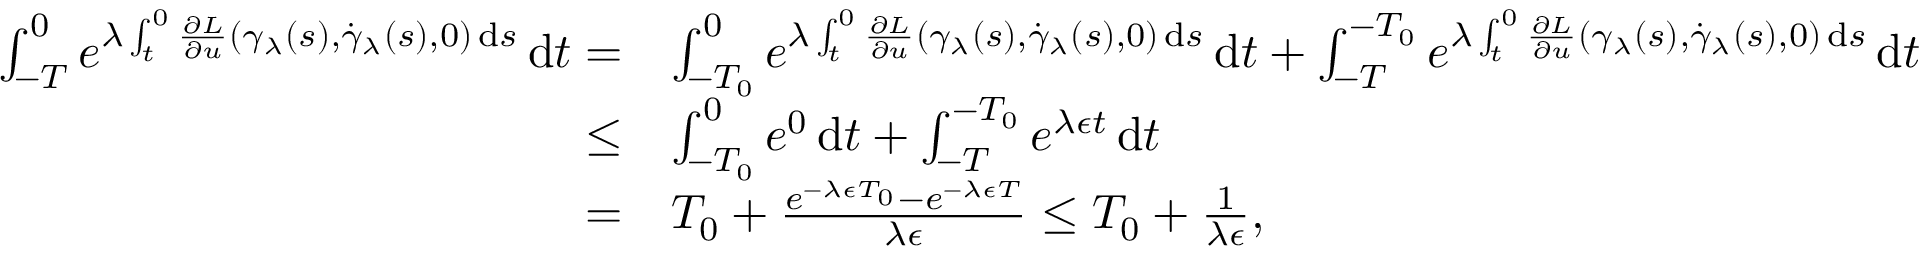
\begin{array} { r l } { \int _ { - T } ^ { 0 } e ^ { \lambda \int _ { t } ^ { 0 } \frac { \partial L } { \partial u } ( \gamma _ { \lambda } ( s ) , \dot { \gamma } _ { \lambda } ( s ) , 0 ) \, \mathrm { d } s } \, \mathrm { d } t = } & { \int _ { - T _ { 0 } } ^ { 0 } e ^ { \lambda \int _ { t } ^ { 0 } \frac { \partial L } { \partial u } ( \gamma _ { \lambda } ( s ) , \dot { \gamma } _ { \lambda } ( s ) , 0 ) \, \mathrm { d } s } \, \mathrm { d } t + \int _ { - T } ^ { - T _ { 0 } } e ^ { \lambda \int _ { t } ^ { 0 } \frac { \partial L } { \partial u } ( \gamma _ { \lambda } ( s ) , \dot { \gamma } _ { \lambda } ( s ) , 0 ) \, \mathrm { d } s } \, \mathrm { d } t } \\ { \leq } & { \int _ { - T _ { 0 } } ^ { 0 } e ^ { 0 } \, \mathrm { d } t + \int _ { - T } ^ { - T _ { 0 } } e ^ { \lambda \epsilon t } \, \mathrm { d } t } \\ { = } & { T _ { 0 } + \frac { e ^ { - \lambda \epsilon T _ { 0 } } - e ^ { - \lambda \epsilon T } } { \lambda \epsilon } \leq T _ { 0 } + \frac { 1 } { \lambda \epsilon } , } \end{array}